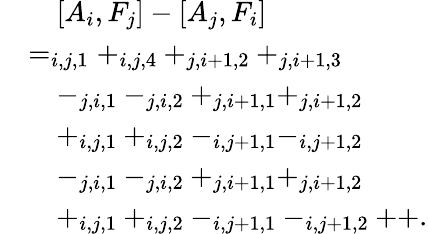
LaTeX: \begin{array}{rl}&{\quad[A_{i},F_{j}]-[A_{j},F_{i}]}\\ &{=_{i,j,1}+_{i,j,4}+_{j,i+1,2}+_{j,i+1,3}}\\ &{\quad-_{j,i,1}-_{j,i,2}+_{j,i+1,1}+_{j,i+1,2}}\\ &{\quad+_{i,j,1}+_{i,j,2}-_{i,j+1,1}-_{i,j+1,2}}\\ &{\quad-_{j,i,1}-_{j,i,2}+_{j,i+1,1}+_{j,i+1,2}}\\ &{\quad+_{i,j,1}+_{i,j,2}-_{i,j+1,1}-_{i,j+1,2}++.}\end{array}